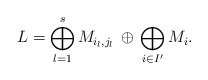
\begin{align*}L= \bigoplus_{l=1}^s M_{i_l,j_l}\, \oplus\, \bigoplus_{i\in I'} M_i.\end{align*}